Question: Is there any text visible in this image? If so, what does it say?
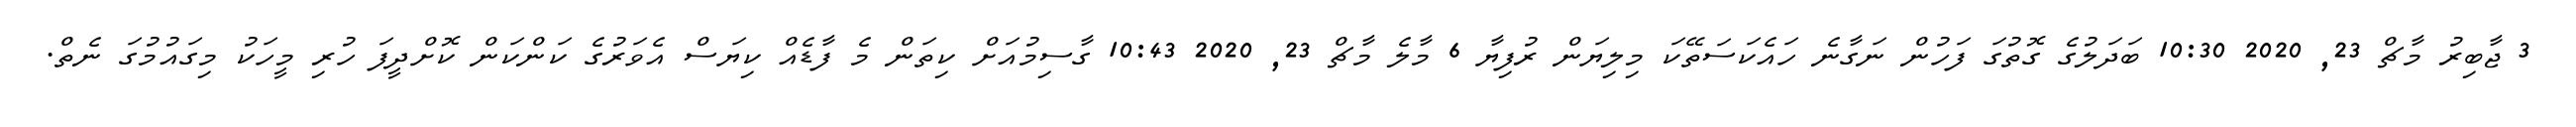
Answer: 3 ޖާބިރު މާޗް 23, 2020 10:30 ބަދަލުގެ ގޮތުގަ ފަހުން ނަގާނެ ހައެކަސަތޭކަ މިލިޔަން ރުފިޔާ 6 މާލެ މާޗް 23, 2020 10:43 ގާސިމުއަށް ކިތަން މެ ފާޑެއް ކިޔަސް އެވަރުގެ ކަންކަން ކޮށްދީފަ ހުރި މީހަކު މިގައުމުގަ ނެތް.